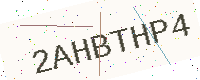
Text: 2AHBTHP4